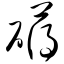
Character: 礴